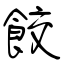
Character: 餃